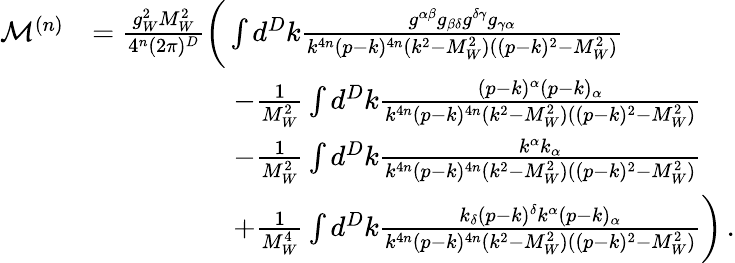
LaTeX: \begin{array}{rl}{\mathcal{M}^{(n)}}&{=\frac{g_{W}^{2}M_{W}^{2}}{4^{n}(2\pi)^{D}}\bigg(\int d^{D}k\frac{g^{\alpha\beta}g_{\beta\delta}g^{\delta\gamma}g_{\gamma\alpha}}{k^{4n}(p-k)^{4n}(k^{2}-M_{W}^{2})((p-k)^{2}-M_{W}^{2})}}\\ &{\quad\quad\quad\quad\quad-\frac{1}{M_{W}^{2}}\int d^{D}k\frac{(p-k)^{\alpha}(p-k)_{\alpha}}{k^{4n}(p-k)^{4n}(k^{2}-M_{W}^{2})((p-k)^{2}-M_{W}^{2})}}\\ &{\quad\quad\quad\quad\quad-\frac{1}{M_{W}^{2}}\int d^{D}k\frac{k^{\alpha}k_{\alpha}}{k^{4n}(p-k)^{4n}(k^{2}-M_{W}^{2})((p-k)^{2}-M_{W}^{2})}}\\ &{\quad\quad\quad\quad\quad+\frac{1}{M_{W}^{4}}\int d^{D}k\frac{k_{\delta}(p-k)^{\delta}k^{\alpha}(p-k)_{\alpha}}{k^{4n}(p-k)^{4n}(k^{2}-M_{W}^{2})((p-k)^{2}-M_{W}^{2})}\bigg)\, .}\end{array}